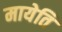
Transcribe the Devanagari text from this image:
मायेति